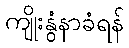
ကျိုးနွံနာခံရန်